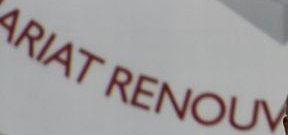
ARIAT RENOUV